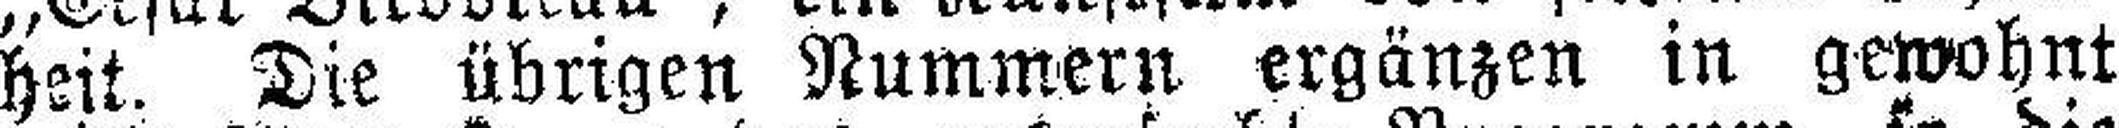
heit. Die übrigen Nummern ergänzen in gewohnt